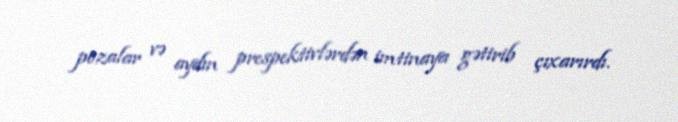
pozalar və aydın prespektivlərdən imtinaya gətirib çıxarırdı.